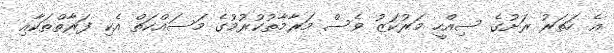
އެ ހަތަރު ރަށުގެ ސިއްހީ މަރުކަޒު ވެސް މަރާމާތުކުރުމުގެ މަސައްކަތް އެކި ފަރާތްތަކާއި